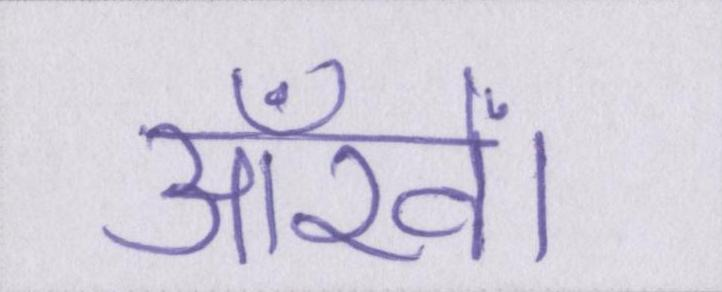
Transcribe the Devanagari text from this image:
आँखें।